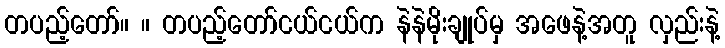
တပည့်တော်။ ။ တပည့်တော်ငယ်ငယ်က နဲနဲမိုးချုပ်မှ အဖေနဲ့အတူ လှည်းနဲ့